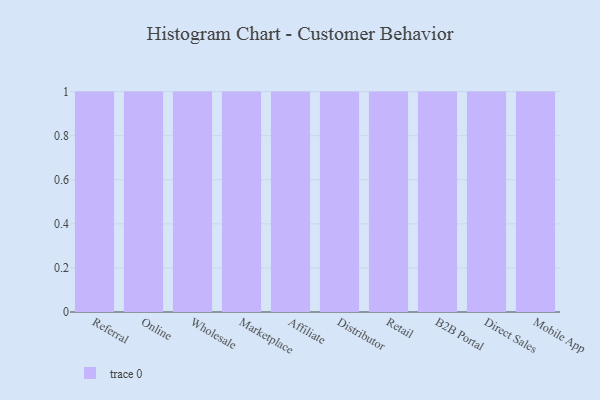
{"axis": {"x": "Channel", "y": "Customer Acquisition Cost (USD)"}, "legend": [""], "data": [{"x": "Referral", "y": 75, "type": ""}, {"x": "Online", "y": 38, "type": ""}, {"x": "Wholesale", "y": 32, "type": ""}, {"x": "Marketplace", "y": 3, "type": ""}, {"x": "Affiliate", "y": 98, "type": ""}, {"x": "Distributor", "y": 6, "type": ""}, {"x": "Retail", "y": 84, "type": ""}, {"x": "B2B Portal", "y": 91, "type": ""}, {"x": "Direct Sales", "y": 81, "type": ""}, {"x": "Mobile App", "y": 98, "type": ""}]}